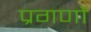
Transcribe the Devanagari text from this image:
प्रगणों